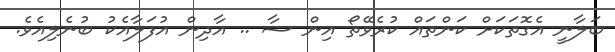
ބަލާނީ އެގޮތަކަށް ކަންތައް ކުރެވޭތޯ އިން ޝާ .. އާދިން އުފަލާއެކު ބުނެލިއެވެ.